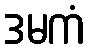
ဒမကံ